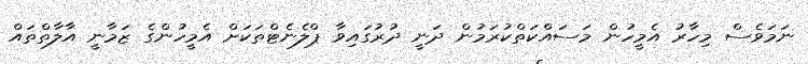
ނަމަވެސް މިހާރު އެމީހުން މަސައްކަތްކުރަމުން ދަނީ ދުރުގައިވާ ޕްލެނެޓްތަކަށް އެމީހުންގެ ޒަމާނީ އާލާތްތައް